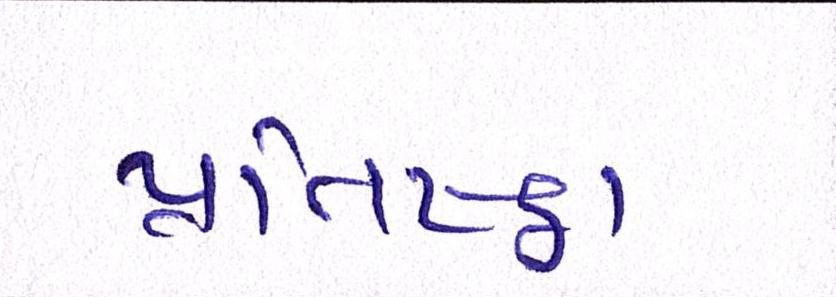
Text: પ્રતિષ્ઠા